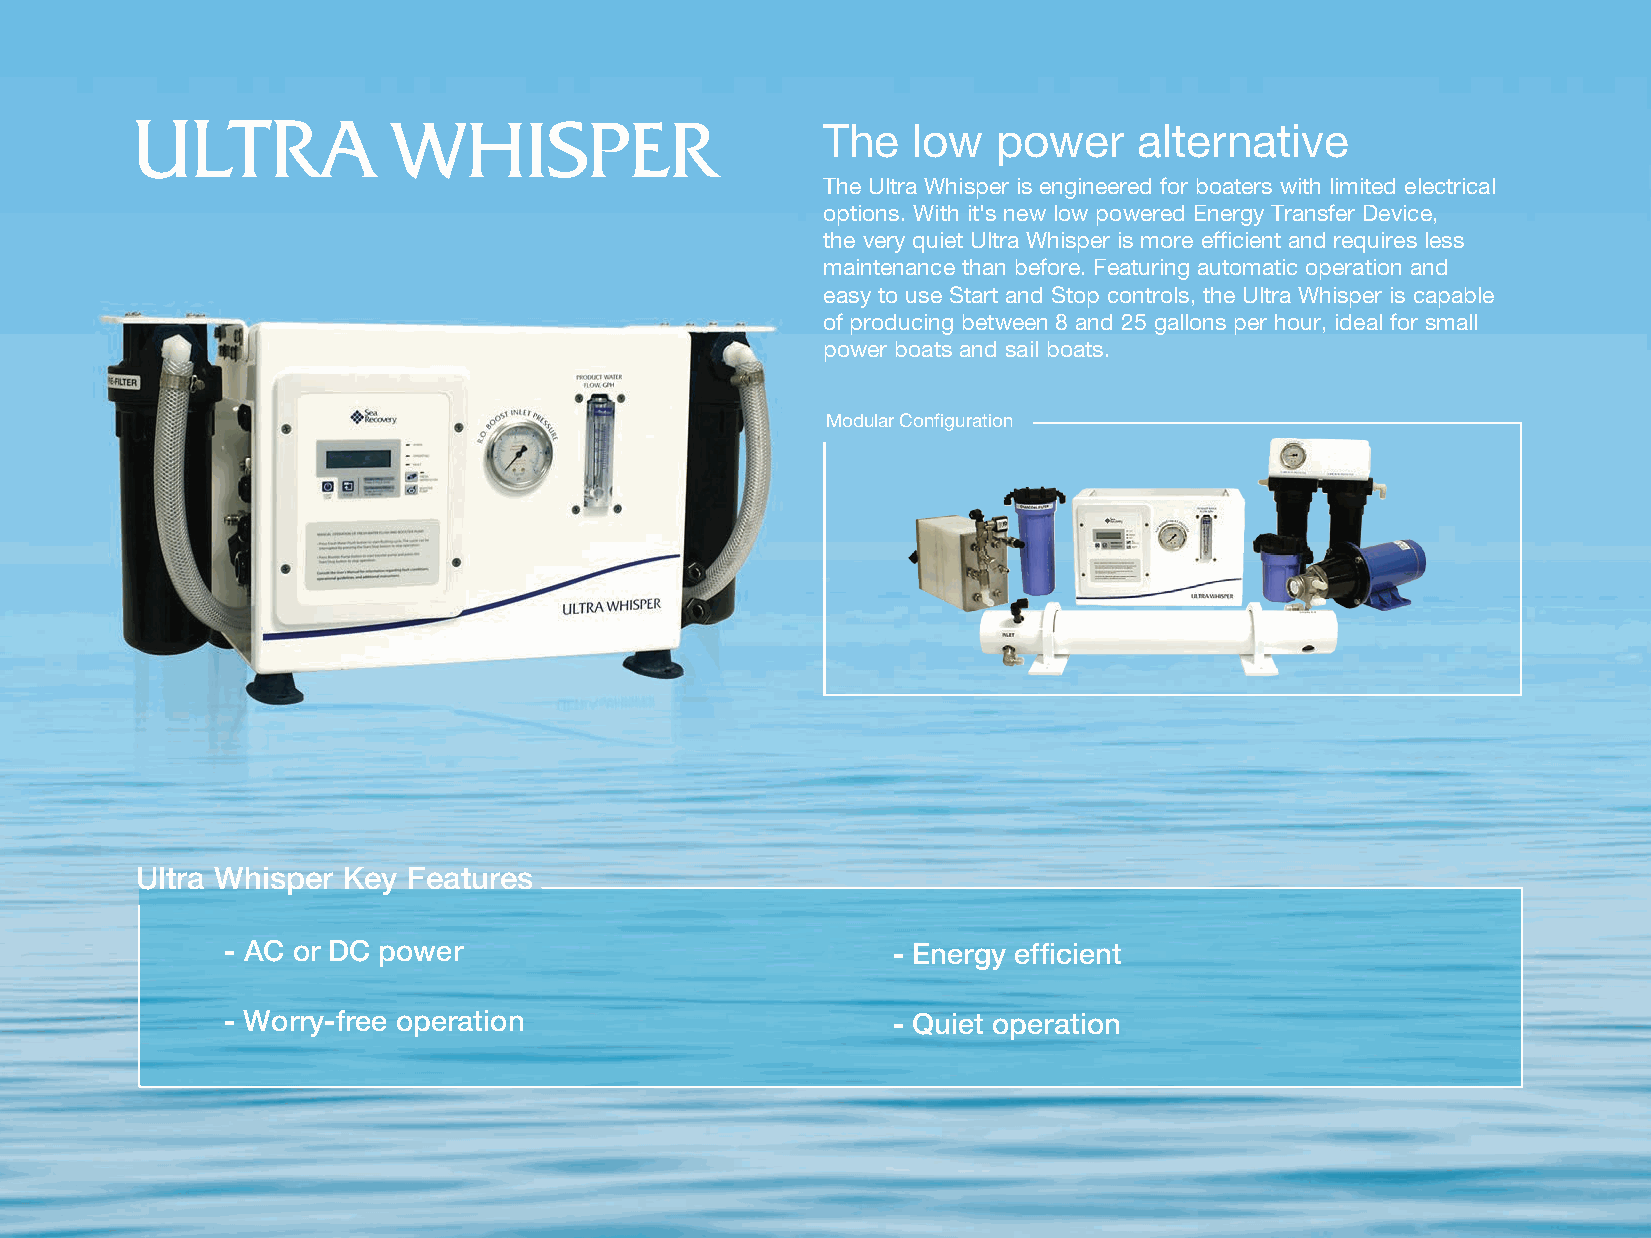
The   low   power    alternative
 The Ultra Whisper is engineered for boaters with limited electrical
 options. With it's new low powered Energy Transfer Device,
 the very quiet Ultra Whisper is more efficient and requires less
 maintenance than before. Featuring automatic operation and
 easy to use Start and Stop controls, the Ultra Whisper is capable
 of producing between 8 and 25 gallons per hour, ideal for small
 power boats and sail boats.
 Modular Configuration
 Ultra Whisper Key Features
 - AC or DC power                            - Energy efficient
 - Worry-free operation                      - Quiet operation